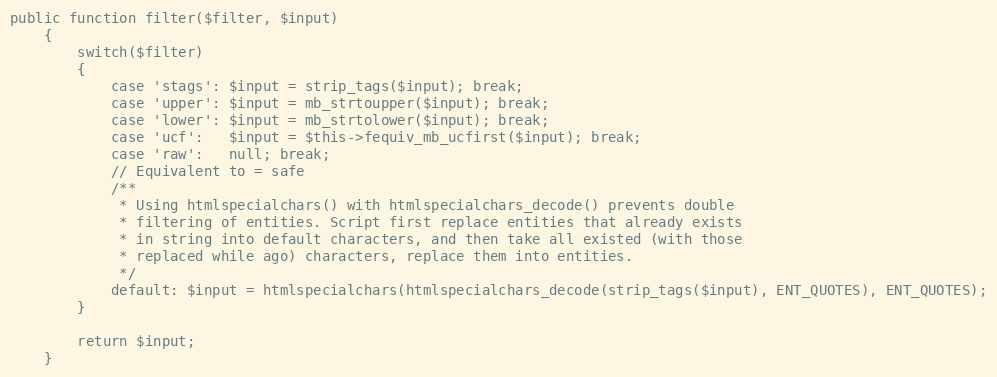
Language: PHP
public function filter($filter, $input)
    {
        switch($filter)
        {
            case 'stags': $input = strip_tags($input); break;
            case 'upper': $input = mb_strtoupper($input); break;
            case 'lower': $input = mb_strtolower($input); break;
            case 'ucf':   $input = $this->fequiv_mb_ucfirst($input); break;
            case 'raw':   null; break;
            // Equivalent to = safe
            /**
             * Using htmlspecialchars() with htmlspecialchars_decode() prevents double
             * filtering of entities. Script first replace entities that already exists
             * in string into default characters, and then take all existed (with those
             * replaced while ago) characters, replace them into entities.
             */
            default: $input = htmlspecialchars(htmlspecialchars_decode(strip_tags($input), ENT_QUOTES), ENT_QUOTES);
        }

        return $input;
    }